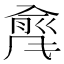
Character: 𲋇